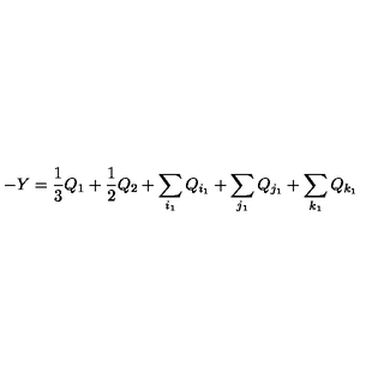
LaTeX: - Y = \frac { 1 } { 3 } Q _ { 1 } + \frac { 1 } { 2 } Q _ { 2 } + \sum _ { i _ { 1 } } Q _ { i _ { 1 } } + \sum _ { j _ { 1 } } Q _ { j _ { 1 } } + \sum _ { k _ { 1 } } Q _ { k _ { 1 } }